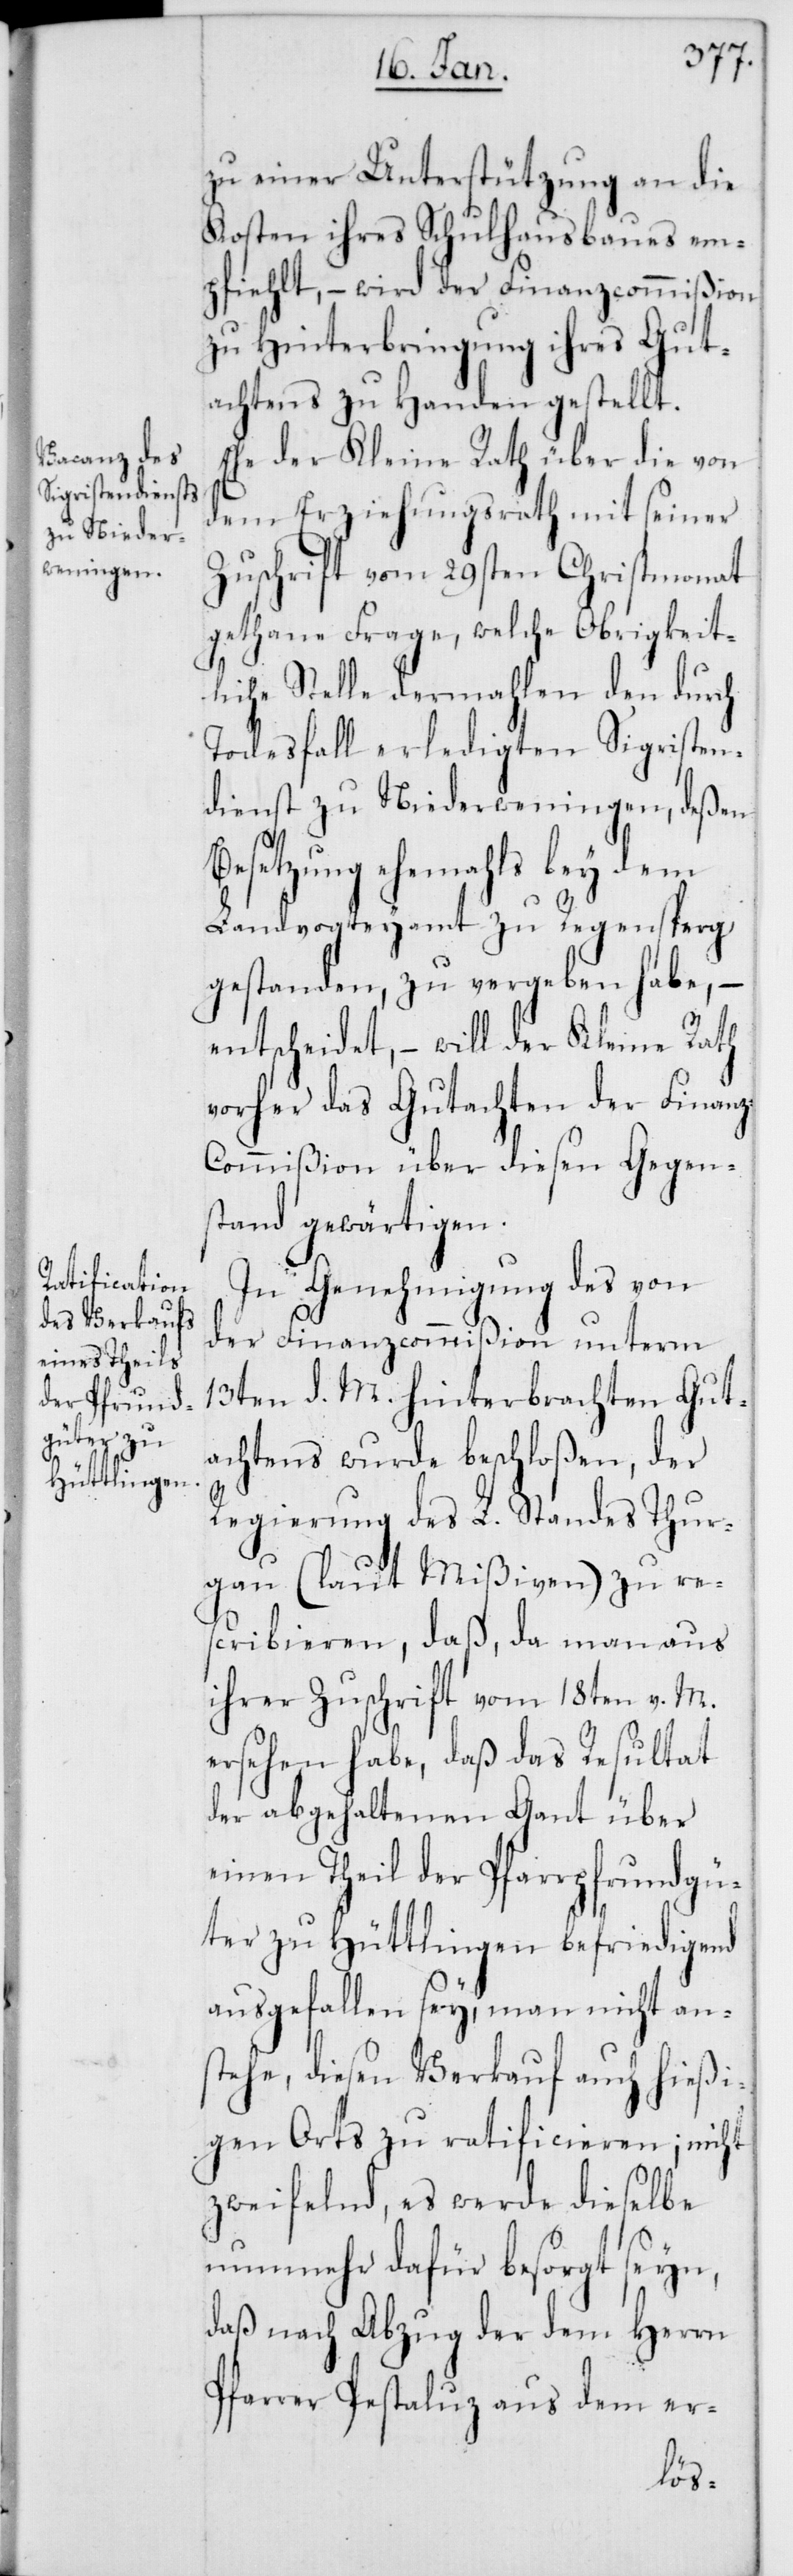
zu einer Unterstützung an die
Kosten ihres Schulhausbaues em¬
pfiehlt, – wird der Finanzcommißion
zu Hinterbringung ihres Gut¬
achtens zu Handen gestellt.
Ehe der Kleine Rath über die von
dem Erziehungsrath mit seiner
Zuschrift vom 29sten Christmonat
gethane Frage, welche Obrigkeit¬
liche Stelle dermahlen den durch
Todesfall erledigten Sigristen¬
dienst zu Niederweningen, deßen
Besetzung ehemahls bey dem
Landvogteyamt zu Regensperg
gestanden, zu vergeben habe, –
entscheidet, – will der Kleine Rath
vorher das Gutachten der Finan¬
z-Commißion über diesen Gegen¬
stand gewärtigen.
In Genehmigung des von
der Finanzcommißion unterm
13ten d. M. hinterbrachten Gut¬
achtens wurde beschloßen, der
Regierung des L. Standes Thur¬
gau (laut Mißiven) zu re¬
scribieren, daß, da man aus
ihrer Zuschrift vom 18ten v. M.
ersehen habe, daß das Resultat
der abgehaltenen Gant über
einen Theil der Pfarrpfrundgü¬
ter zu Hüttlingen befriedigend
ausgefallen sey, man nicht an¬
stehe, diesen Verkauf auch hießi¬
gen Orts zu ratificieren; nicht
zweifelnd, es werde dieselbe
nunmehr dafür besorgt seyn,
daß nach Abzug der dem Herrn
Pfarrer Pestaluz aus dem er-